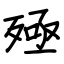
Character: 殛